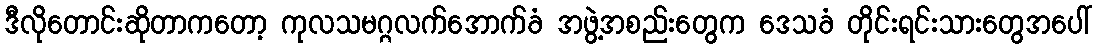
ဒီလိုတောင်းဆိုတာကတော့ ကုလသမဂ္ဂလက်အောက်ခံ အဖွဲ့အစည်းတွေက ဒေသခံ တိုင်းရင်းသားတွေအပေါ်